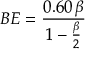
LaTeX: B E = { \frac { 0 . 6 0 \, \beta } { 1 - { \frac { \beta } { 2 } } } }